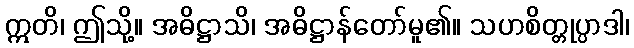
ဣတိ၊ ဤသို့။ အဓိဋ္ဌာသိ၊ အဓိဋ္ဌာန်တော်မူ၏။ သဟစိတ္တုပ္ပာဒါ၊